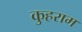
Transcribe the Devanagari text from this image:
कुहराम